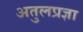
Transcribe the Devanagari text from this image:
अतुलप्रज्ञा